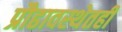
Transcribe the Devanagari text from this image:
प्रौढावस्थेतही